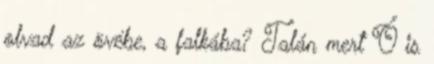
olvad az övébe, a falkába? Talán mert Ő is